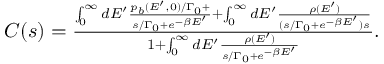
\begin{array} { r } { C ( s ) = \frac { \int _ { 0 } ^ { \infty } d E ^ { \prime } \frac { p _ { b } ( E ^ { \prime } , 0 ) / \Gamma _ { 0 } + } { s / \Gamma _ { 0 } + e ^ { - \beta E ^ { \prime } } } + \int _ { 0 } ^ { \infty } d E ^ { \prime } \frac { \rho ( E ^ { \prime } ) } { ( s / \Gamma _ { 0 } + e ^ { - \beta E ^ { \prime } } ) s } } { 1 + \int _ { 0 } ^ { \infty } d E ^ { \prime } \frac { \rho ( E ^ { \prime } ) } { s / \Gamma _ { 0 } + e ^ { - \beta E ^ { \prime } } } } . } \end{array}